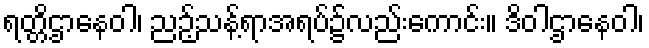
ရတ္တိဌာနေဝါ၊ ညဉ့်သန့်ရာအရပ်၌လည်းကောင်း။ ဒိဝါဌာနေဝါ၊